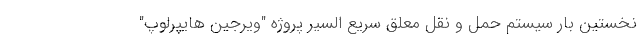
نخستین بار سیستم حمل و نقل معلق سریع السیر پروژه "ویرجین هایپرلوپ"